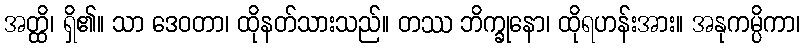
အတ္ထိ၊ ရှိ၏။ သာ ဒေဝတာ၊ ထိုနတ်သားသည်။ တဿ ဘိက္ခုနော၊ ထိုရဟန်းအား။ အနုကမ္ပိကာ၊